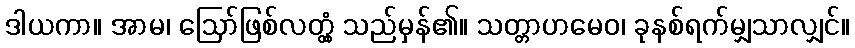
ဒါယကာ။ အာမ၊ ဩော်ဖြစ်လတ္တံ့ သည်မှန်၏။ သတ္တာဟမေဝ၊ ခုနစ်ရက်မျှသာလျှင်။